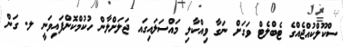
ސްކޫލްކުއްޖެއްގެ ޓެބްލެޓް ވަގަށް ނަގާ ވިއްކާލި މައްސަލައިގައ ޖަލަށްލާން ހުކުމްކޮށްފައިވަނީ ލ. ގަން